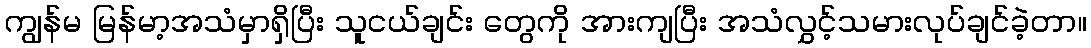
ကျွန်မ မြန်မာ့အသံမှာရှိပြီး သူငယ်ချင်း တွေကို အားကျပြီး အသံလွှင့်သမားလုပ်ချင်ခဲ့တာ။